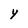
Character: Y